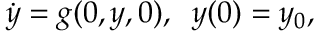
\dot { y } = g ( 0 , y , 0 ) , \; \; y ( 0 ) = y _ { 0 } ,